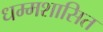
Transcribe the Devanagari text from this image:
धम्मशासित